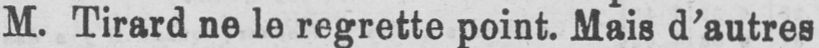
M. Tirard ne le regrette point. Mais d’autres